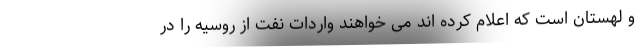
و لهستان است که اعلام کرده اند می خواهند واردات نفت از روسیه را در